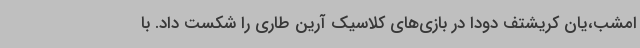
امشب،یان کریشتف دودا در بازی‌های کلاسیک آرین طاری را شکست داد. با